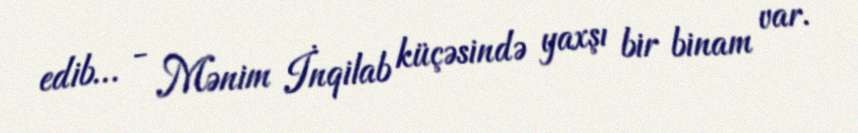
edib… - Mənim İnqilab küçəsində yaxşı bir binam var.